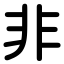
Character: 非